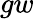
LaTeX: gw